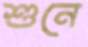
শুনে